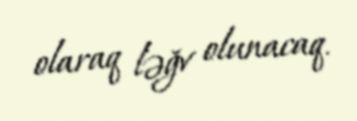
olaraq ləğv olunacaq.